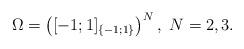
LaTeX: \begin{align*}\Omega = \left( [-1; 1]_{\{ -1; 1 \} } \right)^N, \ N=2,3.\end{align*}